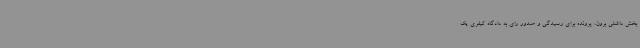
بخش داشلی برون، پرونده برای رسیدگی و صدور رای به دادگاه کیفری یک